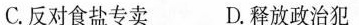
C. 反对食盐专卖 D. 释放政治犯